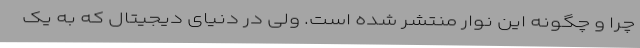
چرا و چگونه این نوار منتشر شده است. ولی در دنیای دیجیتال که به یک